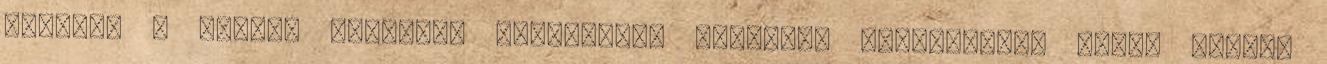
ezeknek a szemét fetrengő bagázsnak. Gólokkal nyerhettünk volna tegnap